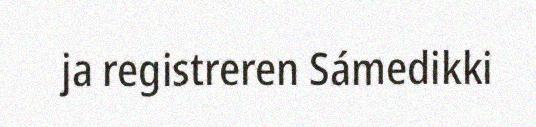
ja registreren Sámedikki